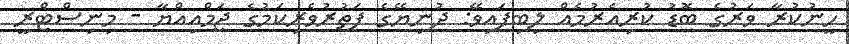
ހީނުކުރާ ވަރުގެ ބޮޑު ކުރިއެރުމެއް ލިބިފައިވޭ: ދުނިޔޭގެ ފަތުރުވެރިކަމުގެ ޖަމްއިއްޔާ - މިނިސްޓްރީ